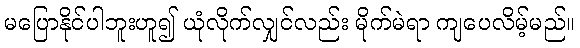
မပြောနိုင်ပါဘူးဟူ၍ ယုံလိုက်လျှင်လည်း မိုက်မဲရာ ကျပေလိမ့်မည်။